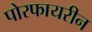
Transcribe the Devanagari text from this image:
पोरफायरीन